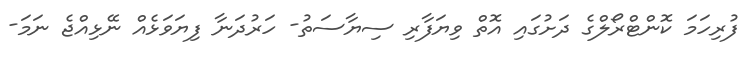
ފުރިހަމަ ކޮންޓްރޯލްގެ ދަށުގައި އޮތް ވިޔަފާރި ސިޔާސަތު- ހަރުދަނާ ފިޔަވަޅެއް ނޭޅިއްޖެ ނަމަ-